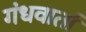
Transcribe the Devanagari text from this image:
गंधवार्ता